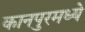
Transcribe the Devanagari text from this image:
कानपुरमध्ये